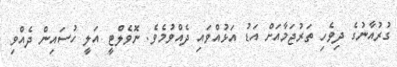
ގުރުއާނުގެ ދިވެހި ތަރުޖަމާއަށް އަޑު އަޅުއްވައި ދެއްވުމެވެ. ނޮވެލްޓީ އަލީ ހުސައިން ދެއްވި